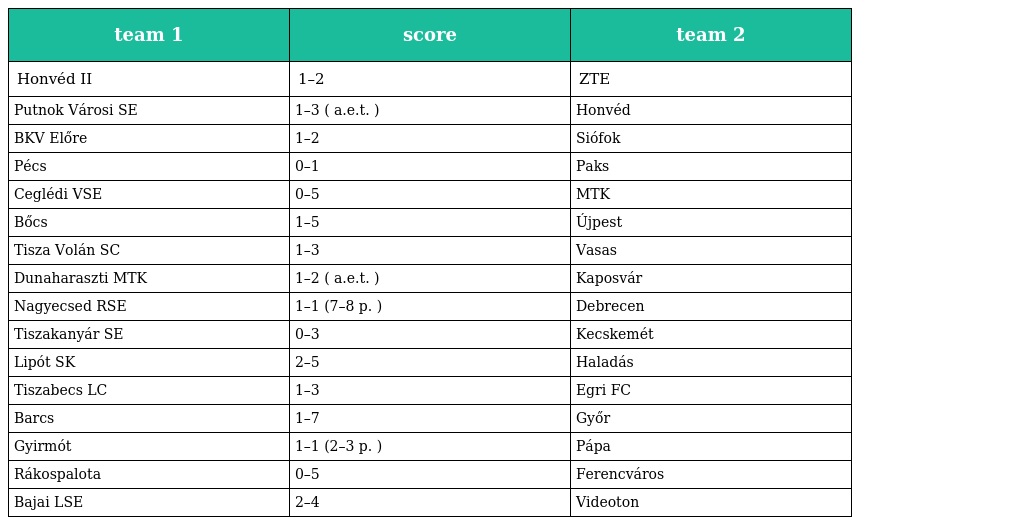
| team 1 | score | team 2 |
 | --- | --- | --- |
 | Honvéd II | 1–2 | ZTE |
 | Putnok Városi SE | 1–3 ( a.e.t. ) | Honvéd |
 | BKV Előre | 1–2 | Siófok |
 | Pécs | 0–1 | Paks |
 | Ceglédi VSE | 0–5 | MTK |
 | Bőcs | 1–5 | Újpest |
 | Tisza Volán SC | 1–3 | Vasas |
 | Dunaharaszti MTK | 1–2 ( a.e.t. ) | Kaposvár |
 | Nagyecsed RSE | 1–1 (7–8 p. ) | Debrecen |
 | Tiszakanyár SE | 0–3 | Kecskemét |
 | Lipót SK | 2–5 | Haladás |
 | Tiszabecs LC | 1–3 | Egri FC |
 | Barcs | 1–7 | Győr |
 | Gyirmót | 1–1 (2–3 p. ) | Pápa |
 | Rákospalota | 0–5 | Ferencváros |
 | Bajai LSE | 2–4 | Videoton |